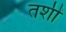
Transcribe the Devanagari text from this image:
तशीं